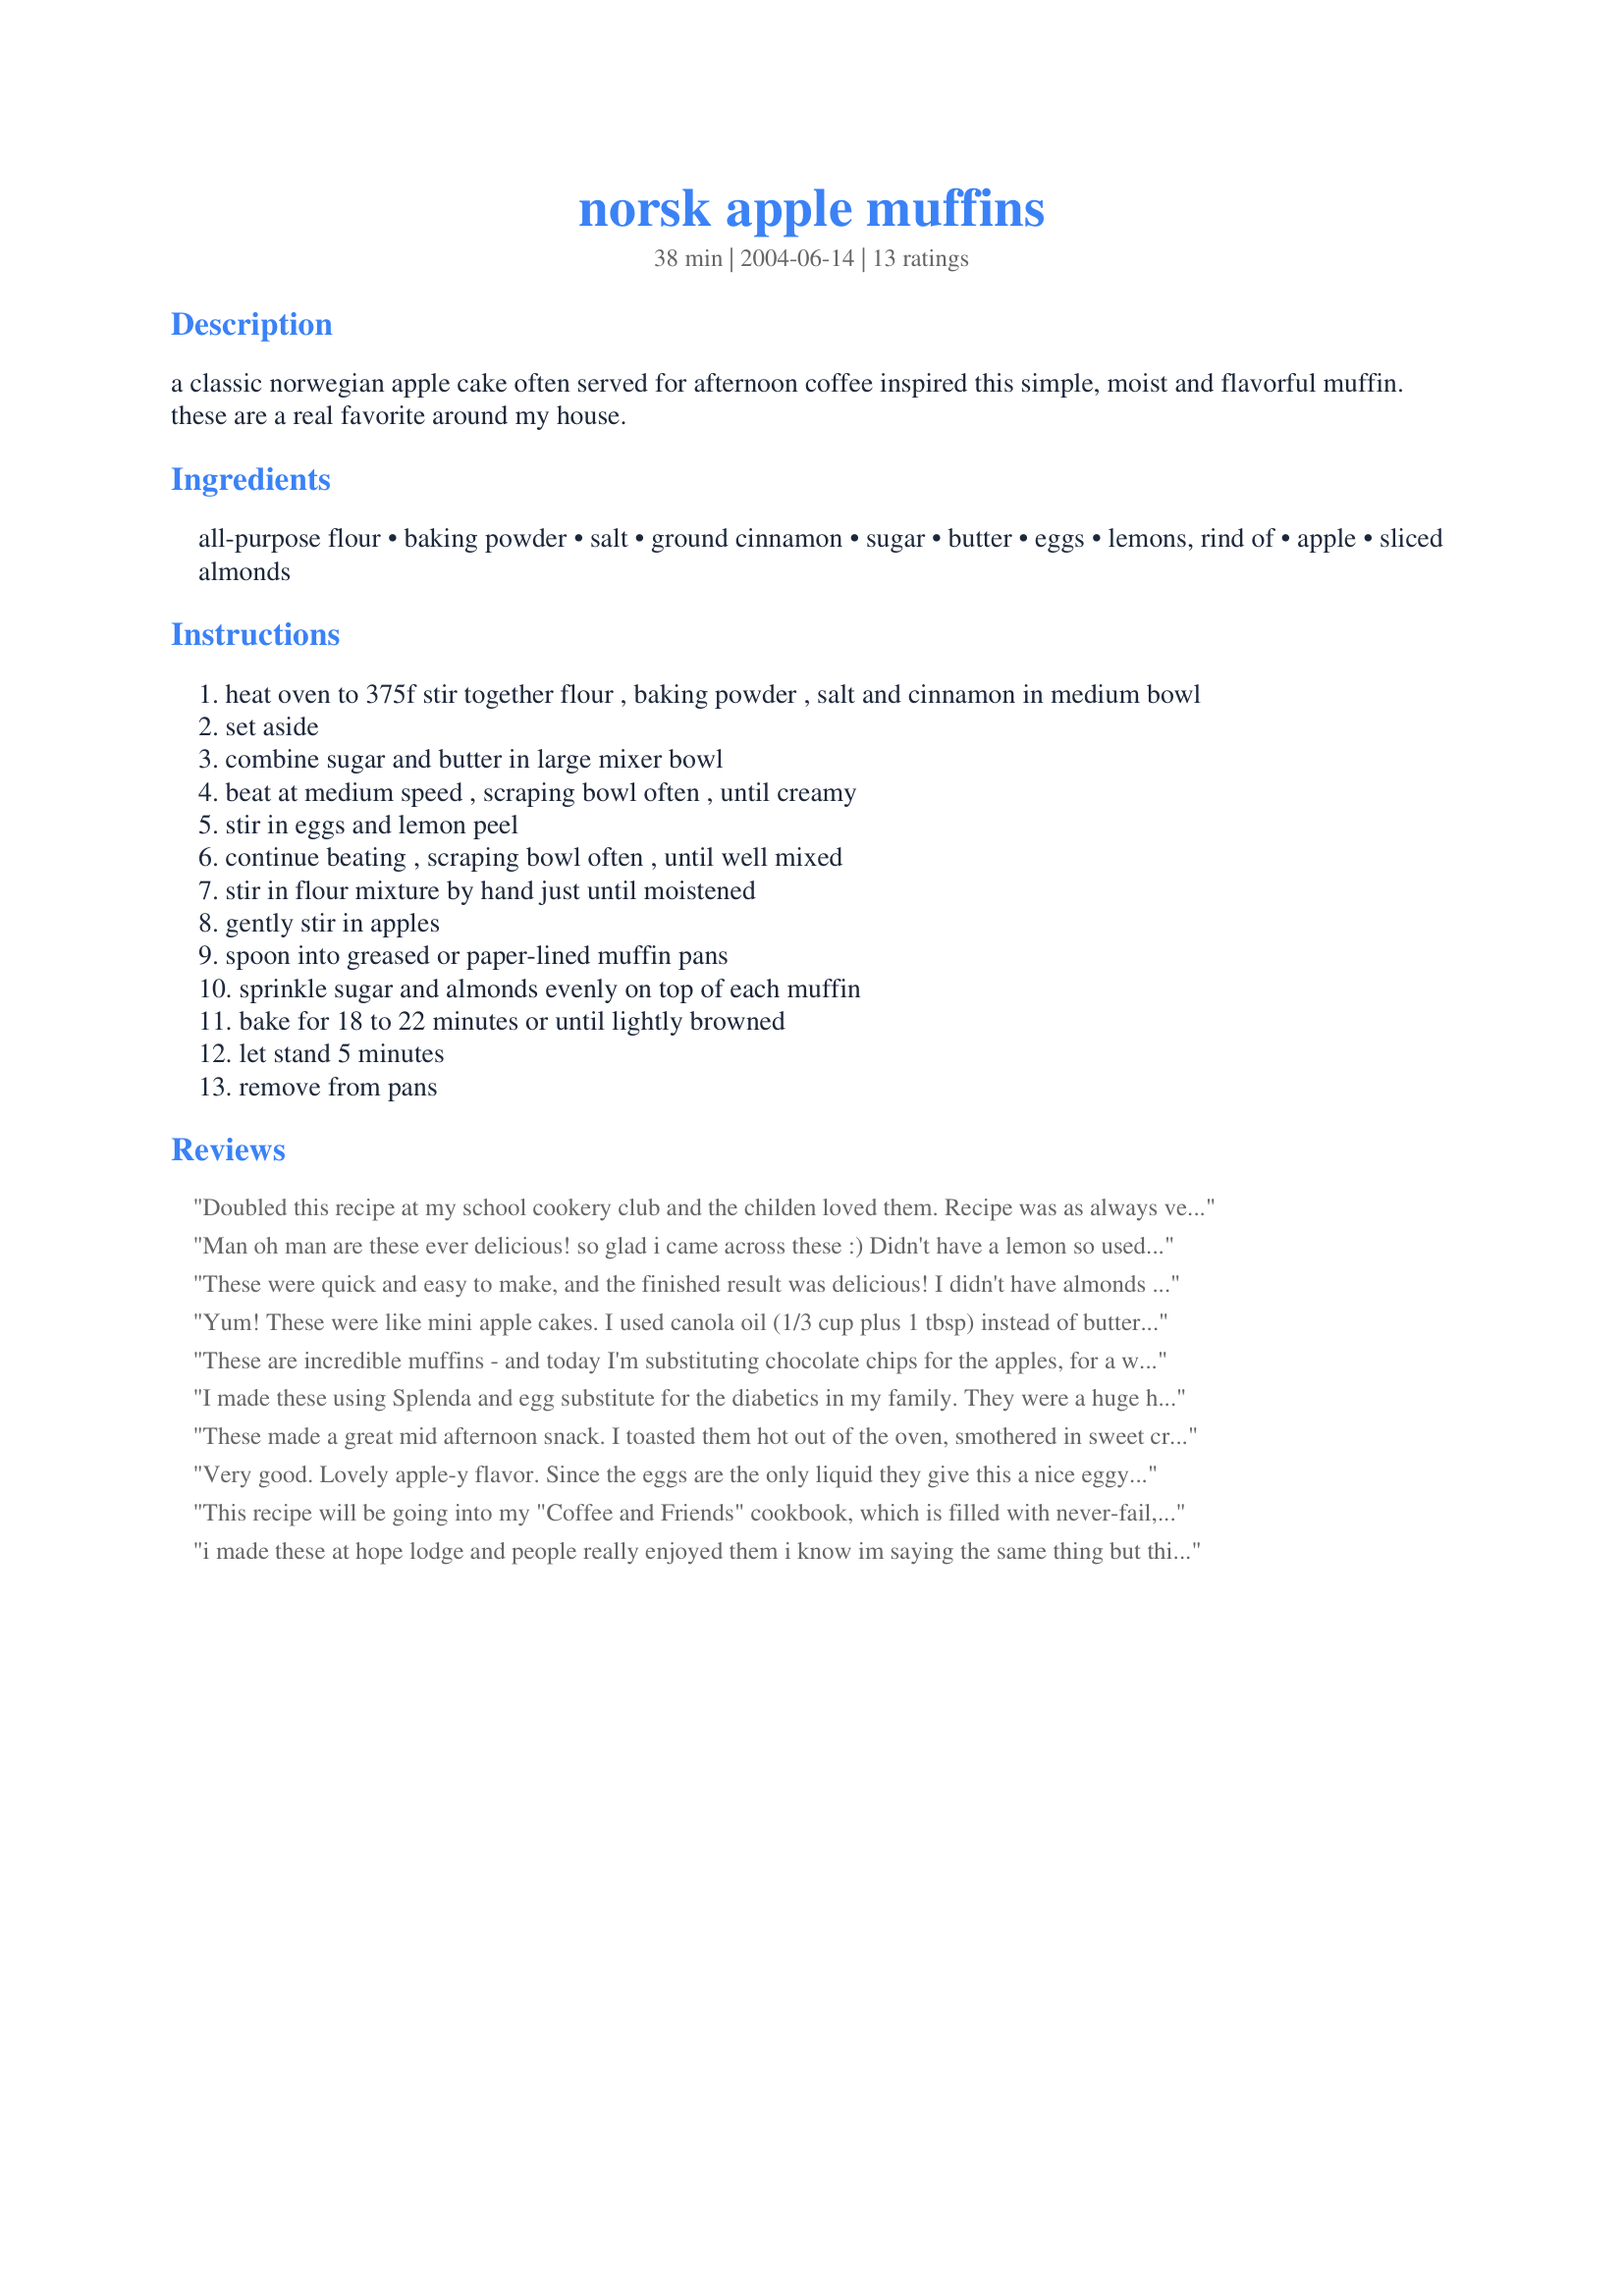
norsk apple muffins
Preparation time: 38 minutes

a classic norwegian apple cake often served for afternoon coffee inspired this simple, moist and flavorful muffin. these are a real favorite around my house.

Ingredients:
all-purpose flour, baking powder, salt, ground cinnamon, sugar, butter, eggs, lemons, rind of, apple, sliced almonds

Steps:
heat oven to 375f stir together flour , baking powder , salt and cinnamon in medium bowl
set aside
combine sugar and butter in large mixer bowl
beat at medium speed , scraping bowl often , until creamy
stir in eggs and lemon peel
continue beating , scraping bowl often , until well mixed
stir in flour mixture by hand just until moistened
gently stir in apples
spoon into greased or paper-lined muffin pans
sprinkle sugar and almonds evenly on top of each muffin
bake for 18 to 22 minutes or until lightly browned
let stand 5 minutes
remove from pans

Reviews:
Doubled this recipe at my school cookery club and the childen loved them. Recipe was as always very easy to follow, result was a flavoursome muffin with a portion of fruit...ideal for the children's snack. We made them totally by hand as we didn't have a mixer. We managed to get 9 large muffins out of one batch. Thanks Marie
Edited to say: I forgot to mention we didn't have any butter so we had to used vegetable oil and they were still fantastic
Man oh man are these ever delicious! so glad i came across these :) Didn't have a lemon so used 2 1/2 tsp of lemon juice instead -- oooh if these are traditional norwegian muffins i'll have to surprise my mother with these! Thanks for posting :)
These were quick and easy to make, and the finished result was delicious! I didn't have almonds for the topping, so I used chopped walnuts. The nuts combined with the sugar made a very pretty topping, but I found I only needed about half the nut/sugar mixture. I'll definitely be baking these again to accompany my afternoon tea or coffee!
Yum! These were like mini apple cakes. I used canola oil (1/3 cup plus 1 tbsp) instead of butter. Also I didn't have any lemon so I put in 1 tsp of vanilla, and added extra cinnamon.
These are incredible muffins - and today I'm substituting chocolate chips for the apples, for a weekend treat!
I made these using Splenda and egg substitute for the diabetics in my family. They were a huge hit and were very easy to make. I don't think they suffered from the substitutions. The nice thing is that they are so attractive
These made a great mid afternoon snack. I toasted them hot out of the oven, smothered in sweet cream butter with a big glass of milk. Made for Zaar World Tour 05.
Very good. Lovely apple-y flavor. Since the eggs are the only liquid they give this a nice eggy flavor too. I thought the topping was nice as well. I made this as a bread, and it turned out a tad drier than I would have liked, but I think this is because the eggs I had were a little on the small side for some reason. Really good flavor though and I like the fact that the apples are chopped instead of grated like in many baked goods recipes. It gives it more apple flavor- yum!
This recipe will be going into my "Coffee and Friends" cookbook, which is filled with never-fail, delicious baked goods to serve company. I followed the recipe exactly, and the muffins turned out perfect. The texture is like moist cake, and the lemon and apple flavors are both present without overpowering eachother. Everyone loved them. Thank you!
i made these at hope lodge and people really enjoyed them i know im saying the same thing but this is code for the people that ate them so they know which ones they were lol
Marie, these were divine! Very moist, probably because I used 1 1/2 cups of apple. I also added a handful of raisins and I put the almonds in the batter instead of on top. I also added a bit of nutmeg and mixed spice. Thanks! T~
I had an afternoon nap on Sunday and dreamt of cake, so when I got up I just had to have something to satisfy my craving and these just hit the spot! Simple ingredients that I usually have in the house and easy to make. I only got 8 muffins, but I'm starting to think that my muffin tins must be a little bigger than standard ones because I always get less than a recipe states. They have a slightly more dense, cake-like texture, but at the same time the apple bits keep them wonderfully moist and the crunchy almonds on top just round it all off. Thanks for sharing this great recipe marie, it's definitely a keeper! :D
These muffins are just PERFECT. If I could give I higher score I would. They are more cake-like then they are muffin-like. All of our family just loved them!
